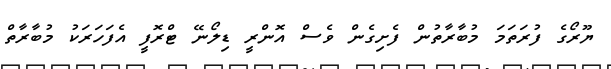
ޔޫރޯގެ ފުރަތަމަ މުބާރާތުން ފެށިގެން ވެސް އޮންރީ ޑިލޯނޭ ޓްރޮފީ އެފަހަރަކު މުބާރާތް